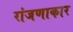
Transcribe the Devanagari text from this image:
रांजणाकार